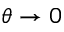
\theta \to 0